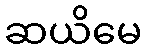
ဆယိမေ